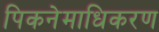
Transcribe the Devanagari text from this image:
पिकनेमाधिकरण